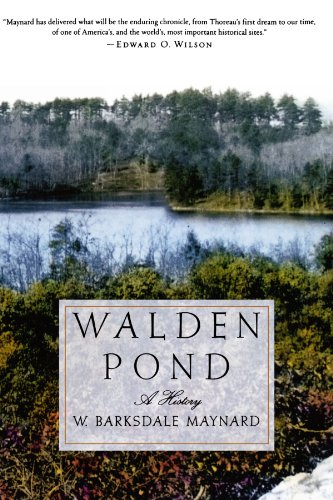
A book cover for Walden Pond: A History; W. Barksdale Maynard; Science & Math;